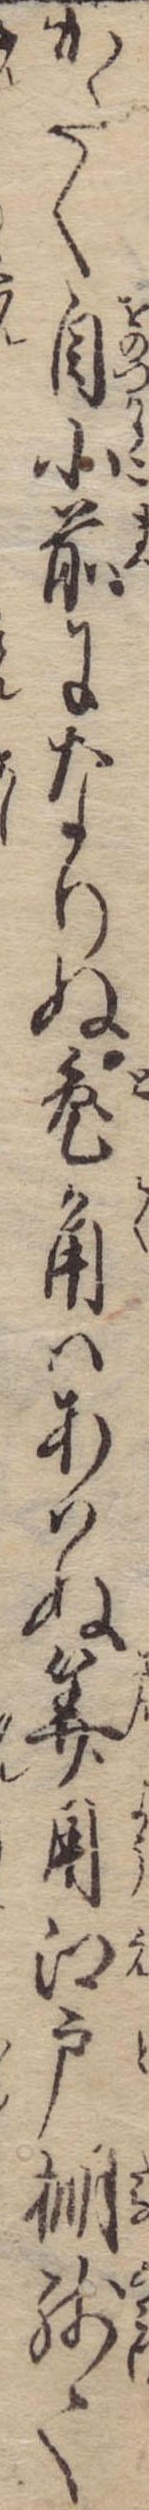
かたく自小前になりぬ兎角はあはぬ算用江戸棚残て